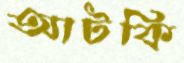
আটকি